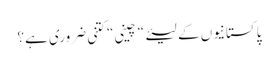
پاکستانیوں کے لیئے“ چینی“ کتنی ضروری ہے؟